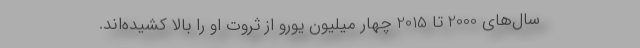
سال‌های 2000 تا 2015 چهار میلیون یورو از ثروت او را بالا کشیده‌اند.